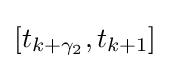
[t_{k+\gamma _{2}},t_{k+1}]